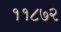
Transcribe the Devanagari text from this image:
११८७२